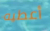
أعطيه